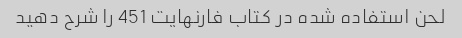
لحن استفاده شده در کتاب فارنهایت 451 را شرح دهید